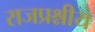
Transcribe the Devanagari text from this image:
राजप्रश्नीय